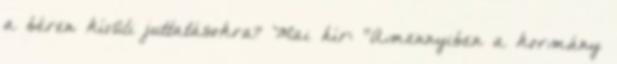
a béren kívüli juttatásokra? Mai hír: "Amennyiben a kormány